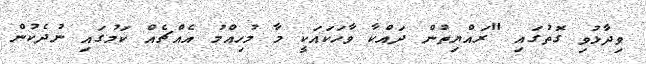
ވިދާޅުވި ގޮތުގައި "ރައްޔިތުން ދައްކާ ވާހަކައަކީ މާ މުހިއްމު އެއްޗެއް ކަމުގައި ނުދެކުން